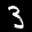
Label: 3